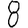
Digit: 8